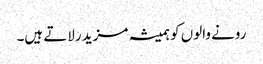
رونے والوں کو ہمیشہ مزید رلاتے ہیں۔